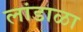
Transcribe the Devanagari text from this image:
लांडाळा